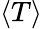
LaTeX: \langle T\rangle